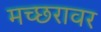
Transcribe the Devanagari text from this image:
मच्छरावर